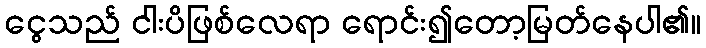
ငွေသည် ငါးပိဖြစ်လေရာ ရောင်း၍တော့မြတ်နေပါ၏။